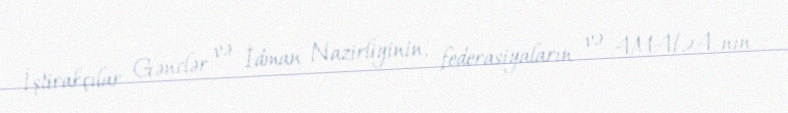
İştirakçılar Gənclər və İdman Nazirliyinin, federasiyaların və AMADA-nın